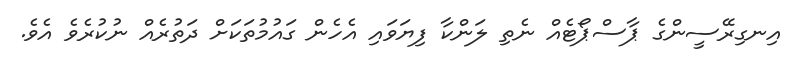
އިނގިރޭސީންގެ ޕާސްޕޯޓެއް ނެތި ލަންކާ ފިޔަވައި އެހެން ގައުމުތަކަށް ދަތުރެއް ނުކުރެވެ އެވެ.